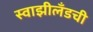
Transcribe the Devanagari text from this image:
स्वाझीलँडची